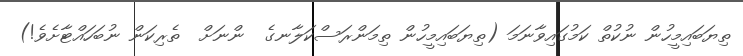
ތިޔަބައިމީހުން ނުކުތް ކަމުގައިވާނަމަ (ތިޔަބައިމީހުން ތިމަންރަސްކަލާނގެ  ންނަށް  ތެރިކަން ނުބަހައްޓާށެވެ!)